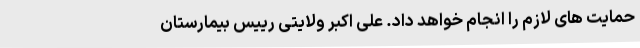
حمایت های لازم را انجام خواهد داد. علی اکبر ولایتی رییس بیمارستان